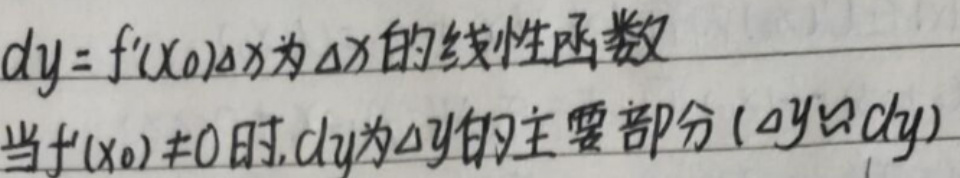
\[
\begin{align*}
&dy = f^{\prime}(x_0)\Delta x\text{为}\Delta x\text{的线性函数}\\
&\text{当}f^{\prime}(x_0)\neq0\text{时},dy\text{为}\Delta y\text{的主要部分}(\Delta y\approx dy)
\end{align*}
\]